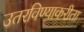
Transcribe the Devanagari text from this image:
उतरविण्याकरीता